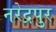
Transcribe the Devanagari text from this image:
नरेद्रपुर